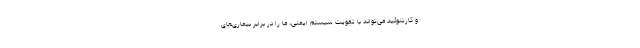
و کارتنوئید می‌تواند با تقویت سیستم ایمنی، ما را در برابر بیماری‌های